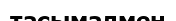
тасымалмен